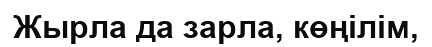
Жырла да зарла, көңілім,